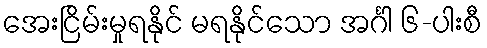
အေးငြိမ်းမှုရနိုင် မရနိုင်သော အင်္ဂါ ၆-ပါးစီ